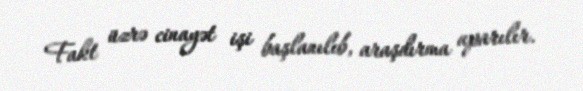
Fakt üzrə cinayət işi başlanılıb, araşdırma aparılır.